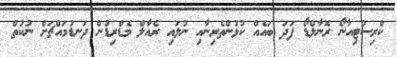
ކްރިސްޓިއާނޯ ރޮނާލްޑޯ ފަދަ ބައެއް ކުޅުންތެރިނާއި ނުލައި ރެއާލް މެޑްރިޑުން ދަނޑުމައްޗަށް ނުކުތް